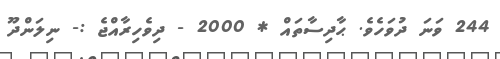
244 ވަނަ ދުވަހެވެ. ޙާދިސާތައް * 2000 - ދިވެހިރާއްޖެ :- ނިލަންދޫ